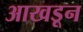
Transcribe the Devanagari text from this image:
आखडून